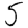
Digit: 5